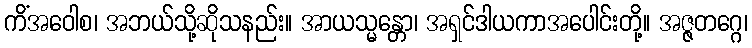
ကိံအဝေါစ၊ အဘယ်သို့ဆိုသနည်း။ အာယသ္မန္တော၊ အရှင်ဒါယကာအပေါင်းတို့။ အဇ္ဇတဂ္ဂေ၊